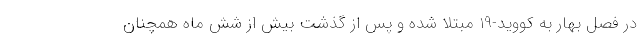
در فصل بهار به کووید-19 مبتلا شده و پس از گذشت بیش از شش ماه همچنان